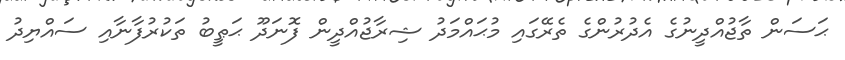
ޙަސަން ތާޖުއްދީނުގެ އެދުރުންގެ ތެރޭގައި މުޙައްމަދު ޝިރާޖުއްދީން ފޮނަދޫ ޙަޠީބު ތަކުރުފާނާއި ސައްޔިދު